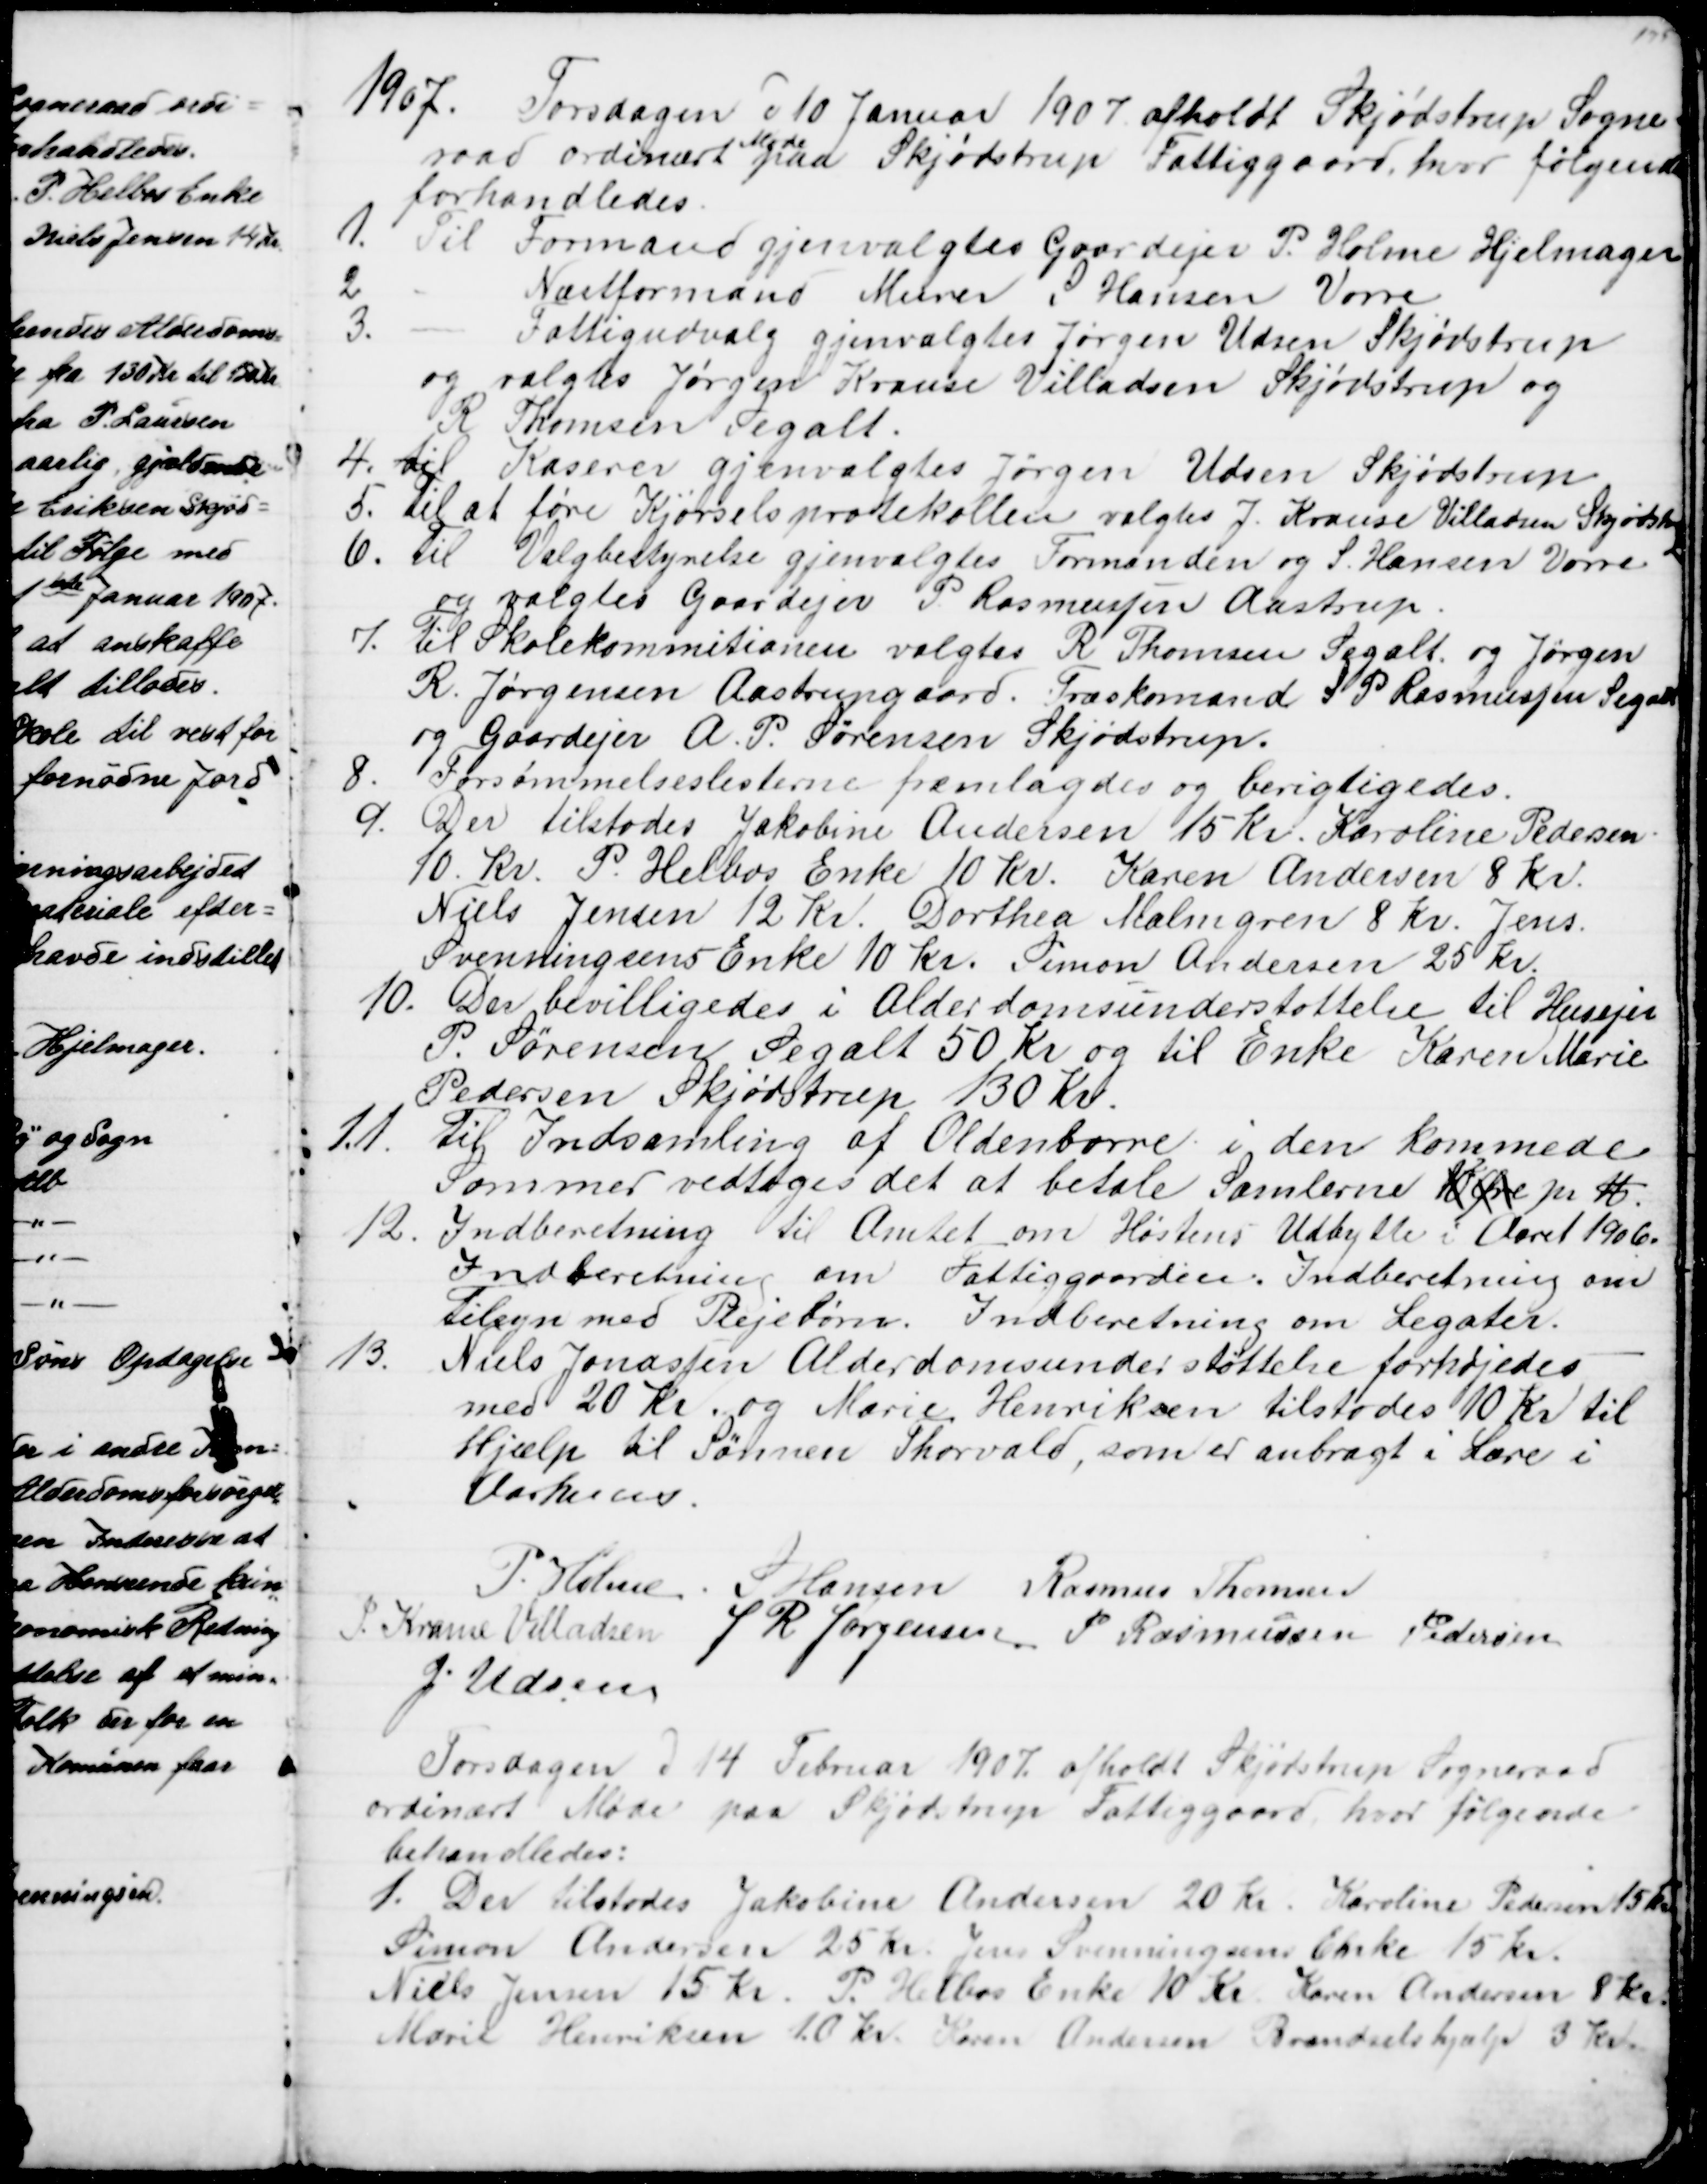
Transskription:
1907. Torsdagen d 10 Januar 1907 afholdt Skjødstrup Sogne=
raad ordinært 
Møde
paa Skjødstrup Fattiggaard, hvor følgende
forhandledes.
1.
Til Formand gjenvalgtes Gaardejer P. Holme Hjelmager
2
Næstformand Murer S Hansen Vorre
3.
Fattigudvalg gjenvalgtes Jørgen Udsen Skjødstrup
og valgtes Jørgen Krause Villadsen Skjødstrup og
R Thomsen Segalt.
4. til Kaserer gjenvalgtes Jørgen Udsen Skjødstrup
5. til at føre Kjørselsprotokollen valgtes J. Krause Villadsen Skjødstrup
6. til Valgbestyrelse gjenvalgtes Formanden og S. Hansen Vorre
og valgtes Gaardejer P. Rasmussen Aastrup.
7. Til Skolekommitionen valgtes R Thomsen Segalt og Jørgen
R. Jørgensen Aastrupgaard. Træskomand S P Rasmussen Segalt
og Gaardejer A. P. Sørensen Skjødstrup.
8.
Forsømmelseslisterne fremlagdes og berigtigedes.
9.
Der tilstodes Jakobine Andersen 15 Kr. Karoline Pedersen
10. Kr. P. Helbos Enke 10 Kr. Karen Andersen 8 Kr.
Niels Jensen 12 Kr. Dorthea Malmgren 8 Kr. Jens
Svenningsens Enke 10 Kr. Simon Andersen 25 Kr.
10.
Der bevilligedes i Alderdomsunderstøttelse til Husejer
P. Sørensen Segalt 50 Kr og til Enke Karen Marie
Pedersen Skjødstrup 130 Kr.
11.
Til Indsamling af Oldenborre i den kommede
Sommer vedtoges det at betale Samlerne 10 Øre
2
pr. ℔.
12.
Indberetning til Amtet om Høstens Udbytte i Aaret 1906.
Indberetning om Fattiggaarden. Indberetning om
Tilsyn med Plejebørn. Indberetning om Legater.
13.
Niels Jonassen Alderdomsunderstøttelse forhøjedes
med 20 Kr. og Marie Henriksen tilstodes 10 Kr til
Hjælp til Sønnen Thorvald, som er anbragt i Lære i
Aarhuus.
P. Holme S Hansen Rasmus Thomsen
J. Krause Villadsen J R Jørgensen P. Rasmussen Pedersen
J. Udsen
Torsdagen d 14 Februar 1907 afholdt Skjødstrup Sogneraad
ordinært Møde paa Skjødstrup Fattiggaard, hvor følgende 
behandledes:
1. Der tilstodes Jakobine Andersen 20 Kr. Karoline Pedersen 15 Kr
Simon Andersen 25 Kr. Jens Svenningsens Enke 15 Kr.
Niels Jensen 15 Kr. P. Helbos Enke 10 Kr Søren Andersen 8 Kr
Marie Henriksen 20 Kr. Karen Andersen Brændselshjælp 3 Kr.